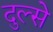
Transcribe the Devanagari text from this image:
दुल्से